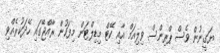
ޔަގީނުން ވެސް ޕްރިންސް ވިލިއަމް އާއި ކޭޓް މިޑިލްޓަން މިފަހުން ރާއްޖޭގައި ހޭދަކުރެއްވި